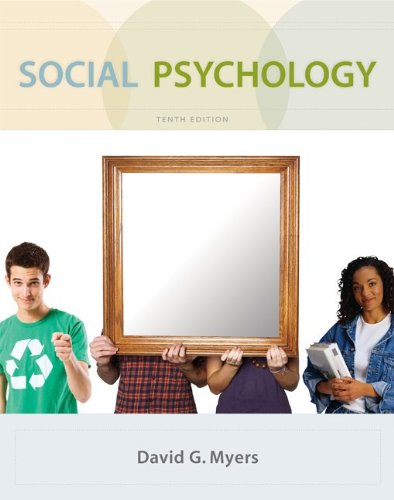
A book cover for Social Psychology, 10th Edition; David G. Myers; Medical Books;